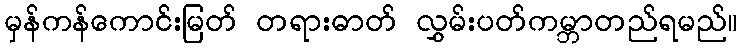
မှန်ကန်ကောင်းမြတ် တရားဓာတ် လွှမ်းပတ်ကမ္ဘာတည်ရမည်။